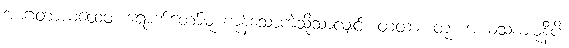
အာဂတာယထေဝ၊ ရောက်တော်မူ ကုန်သောကဲ့သို့သာလျှင်။ တထာ၊ တူ။ အယံသကျမုနီပိ၊